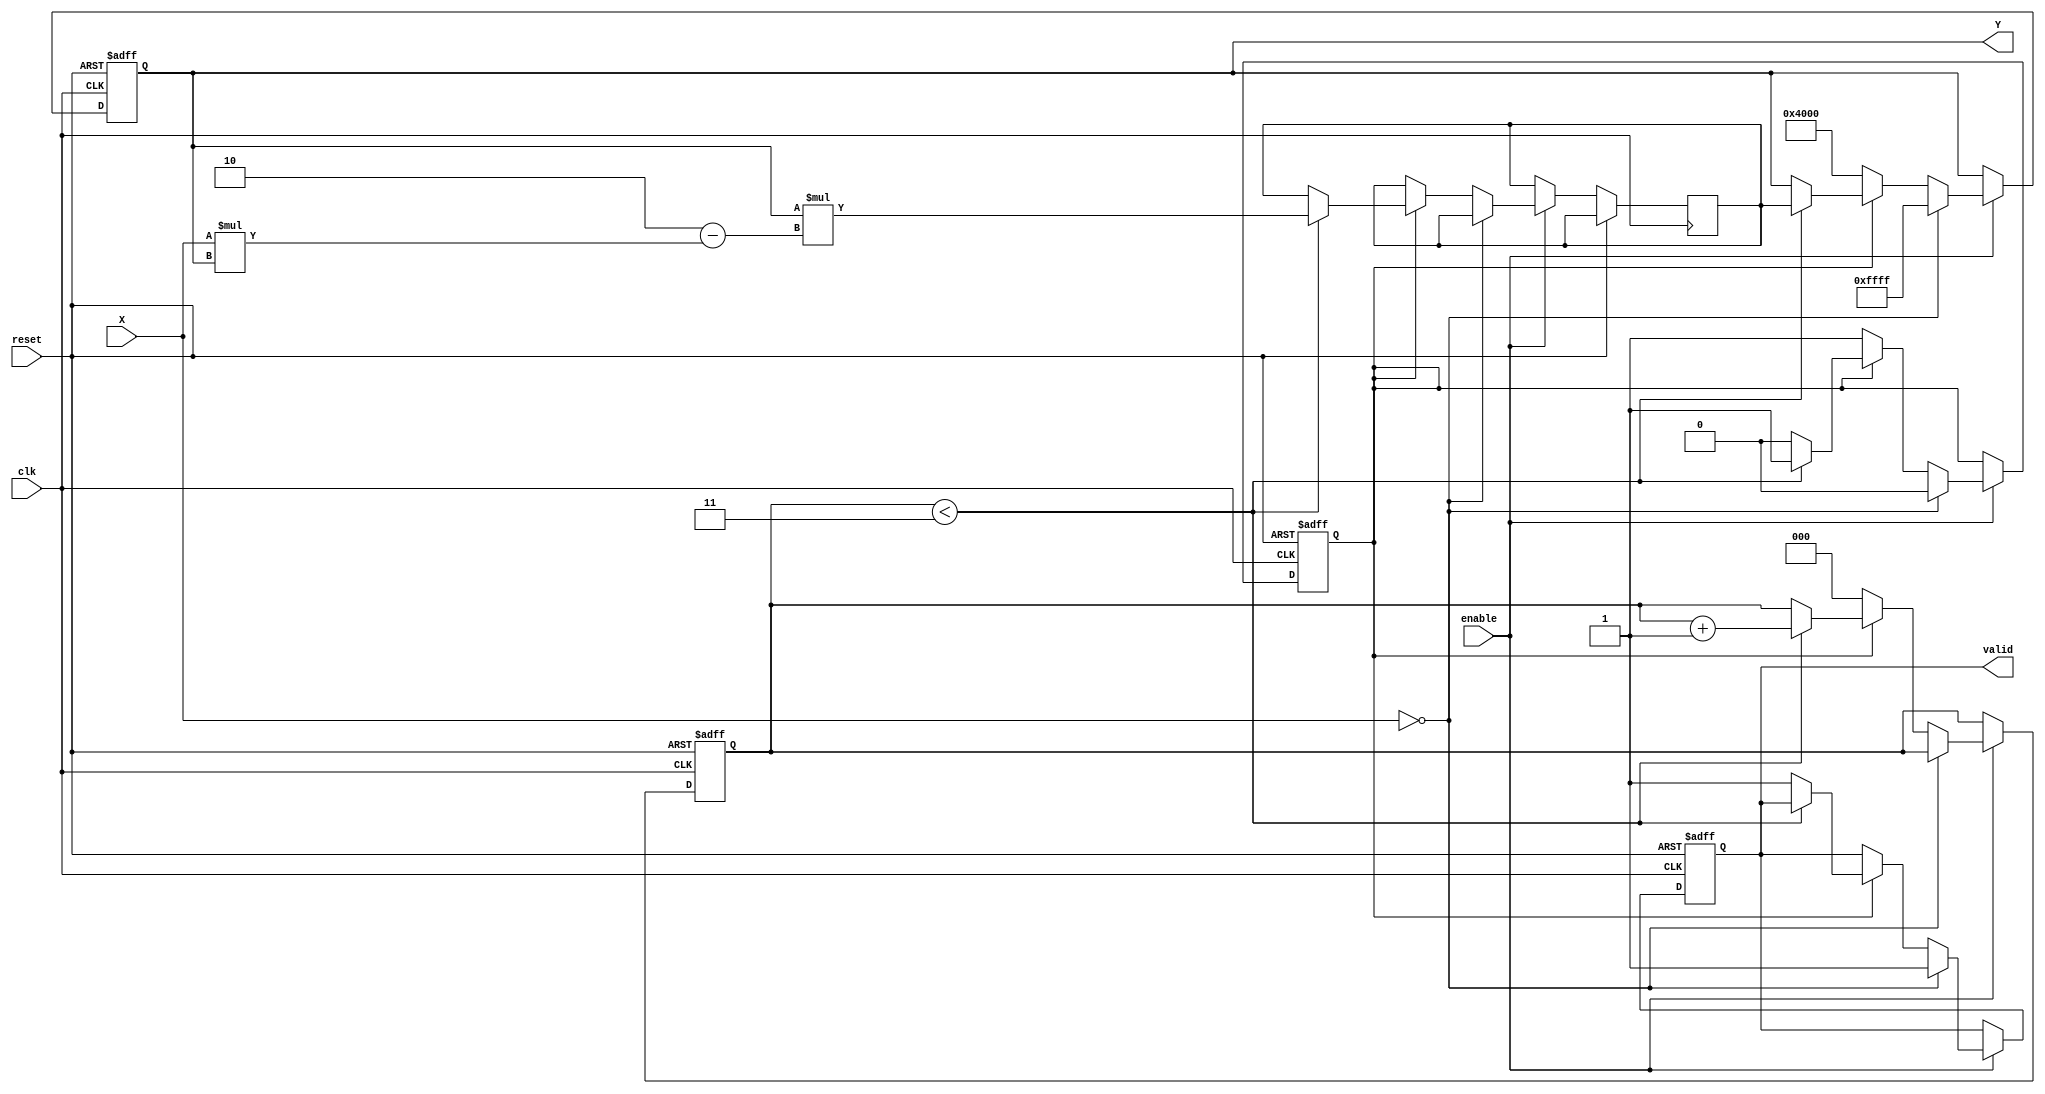
module binary_fractional_reciprocal #(
    parameter N = 16, // Bit-width of input and output
    parameter MAX_VAL = (1 << N) - 1 // Maximum representable value
)(
    input wire clk,
    input wire reset,
    input wire enable,
    input wire [N-1:0] X, // Input (fixed-point fractional value)
    output reg [N-1:0] Y, // Output (reciprocal)
    output reg valid // Output valid signal
);

    // Internal states
    reg [N-1:0] Y_next; // Next value for Y
    reg [2:0] iteration; // Iteration counter
    reg computing; // Flag to indicate if computing is in progress

    // Initial state
    initial begin
        Y = 0;
        valid = 0;
        iteration = 0;
        computing = 0;
    end

    // State machine for computing the reciprocal
    always @(posedge clk or posedge reset) begin
        if (reset) begin
            Y <= 0;
            valid <= 0;
            iteration <= 0;
            computing <= 0;
        end else if (enable) begin
            if (X == 0) begin
                // Handle division by zero
                Y <= MAX_VAL; // Set to maximum representable value
                valid <= 1;
                computing <= 0;
            end else if (!computing) begin
                // Start computing
                Y <= {1'b0, 1'b1, {N-2{1'b0}}}; // Initial guess: 1.0 in fixed-point
                iteration <= 0;
                computing <= 1;
            end else if (computing) begin
                // Newton-Raphson iteration
                if (iteration < 3) begin // Number of iterations for convergence
                    Y_next <= Y * (2 - X * Y); // Newton-Raphson formula
                    Y <= Y_next;
                    iteration <= iteration + 1;
                end else begin
                    // Finished computing
                    valid <= 1;
                    computing <= 0;
                end
            end
        end
    end

endmodule